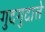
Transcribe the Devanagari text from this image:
गुदगुदाते